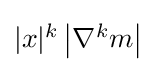
{\textstyle |x|^{k}\left|\nabla ^{k}m\right|}